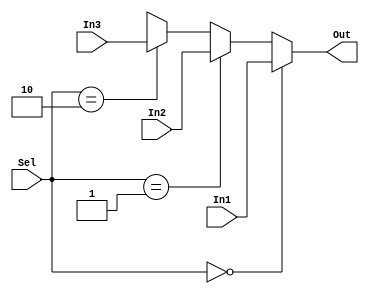
`timescale 1ns/1ns
module MUX3to1#(parameter n=10)( input [n-1:0] In1 , In2, In3 , input [1:0]Sel , output [n-1:0]Out);
	assign Out = (Sel == 2'b00) ? In1 : 
	             (Sel == 2'b01) ? In2 : 
	             (Sel == 2'b10) ? In3 :12'bx;
endmodule